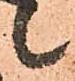
候